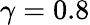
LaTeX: \gamma=0.8